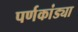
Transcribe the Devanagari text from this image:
पर्णकांड्या